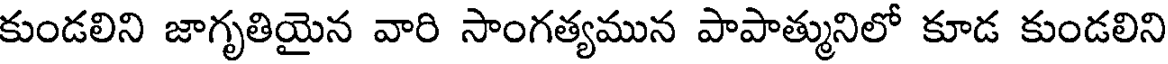
కుండలిని జాగృతియైన వారి సాంగత్యమున పాపాత్మునిలో కూడ కుండలిని